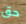
حق